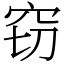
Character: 窃